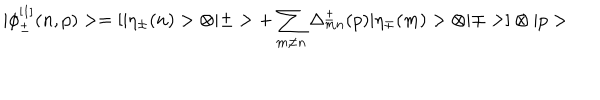
LaTeX: | \phi _ { \pm } ^ { [ 1 ] } ( n , p ) > = [ | \eta _ { \pm } ( n ) > \otimes | \pm > + \sum _ { m \ne n } \Delta _ { m n } ^ { \pm } ( p ) | \eta _ { \mp } ( m ) > \otimes | \mp > ] \otimes | p >